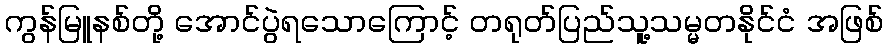
ကွန်မြူနစ်တို့ အောင်ပွဲရသောကြောင့် တရုတ်ပြည်သူ့သမ္မတနိုင်ငံ အဖြစ်